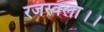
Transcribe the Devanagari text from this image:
रजस्वला।।